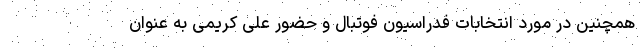
همچنین در مورد انتخابات فدراسیون فوتبال و حضور علی کریمی به عنوان